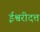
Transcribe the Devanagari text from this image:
ईश्वरीदत्त